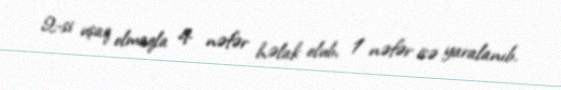
2-si uşaq olmaqla 4 nəfər həlak olub, 1 nəfər isə yaralanıb.